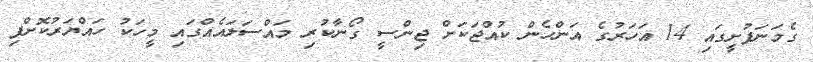
ގެމަނަފުށީގައި 14 އަހަރުގެ އަންހެން ކުއްޖަކަށް ޖިންސީ ގޯނާކުރި މައްސަލައެއްގައި މީހަކު ހައްޔަރުކޮށްފި